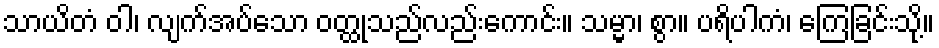
သာယိတံ ဝါ၊ လျက်အပ်သော ဝတ္ထုသည်လည်းကောင်း။ သမ္မာ၊ စွာ။ ပရိပါကံ၊ ကြေခြင်းသို့။